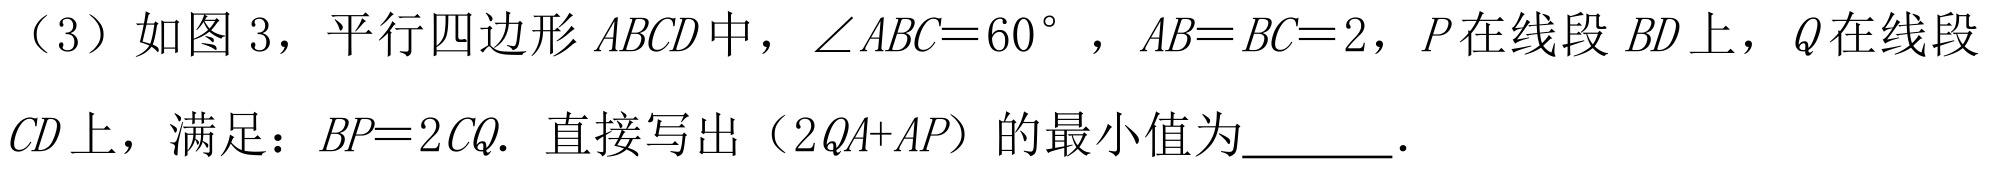
（3）如图3，平行四边形\(ABCD\)中，\(\angle ABC = 60^{\circ}\)，\(AB = BC = 2\)，\(P\)在线段\(BD\)上，\(Q\)在线段
\(CD\)上，满足：\(BP = 2CQ\). 直接写出（\(2QA + AP\)）的最小值为  ．